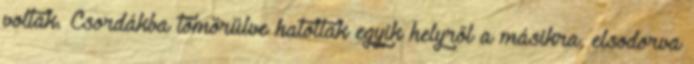
voltak. Csordákba tömörülve hatoltak egyik helyről a másikra, elsodorva